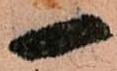
一